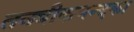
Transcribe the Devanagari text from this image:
तनत्रीकमन्दका